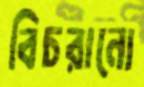
বিচরানো